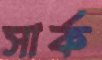
সার্ক